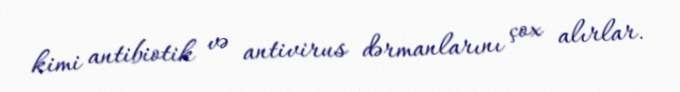
kimi antibiotik və antivirus dərmanlarını çox alırlar.